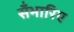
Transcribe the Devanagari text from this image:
सँभारिए